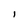
Character: i